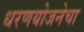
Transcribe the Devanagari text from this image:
धरणयोजनेचा